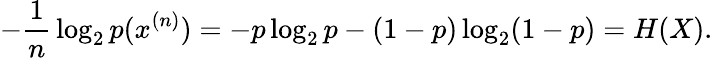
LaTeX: -{\frac{1}{n}}\log_{2}p(x^{(n)})=-p\log_{2}p-(1-p)\log_{2}(1-p)=H(X).